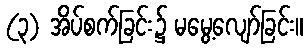
(၃) အိပ်စက်ခြင်း၌ မမွေ့လျော်ခြင်း။